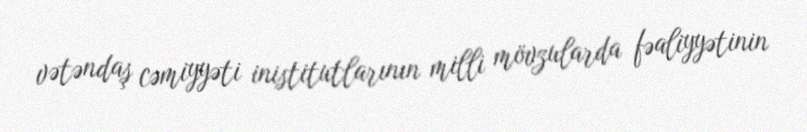
vətəndaş cəmiyyəti inistitutlarının milli mövzularda fəaliyyətinin